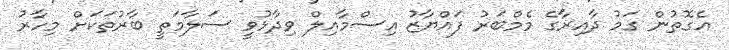
އެގޮތުން ގަމު ދާއިރާގެ މެމްބަރު ފައްޔާޒު އިސްމާއިލް ވިދާޅުވީ ސަލާމަތީ ބާރުތަކަށް މިހާރު